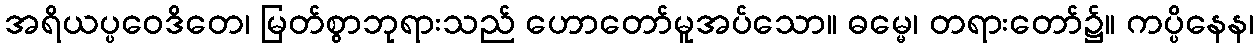
အရိယပ္ပဝေဒိတေ၊ မြတ်စွာဘုရားသည် ဟောတော်မူအပ်သော။ ဓမ္မေ၊ တရားတော်၌။ ကပ္ပိနေန၊